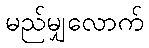
မည်မျှလောက်